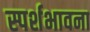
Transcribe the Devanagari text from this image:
स्पर्शभावना